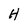
Character: H